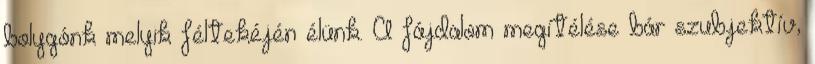
bolygónk melyik féltekéjén élünk. A fájdalom megítélése bár szubjektív,